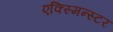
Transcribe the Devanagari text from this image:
एक्स्मिन्स्टर